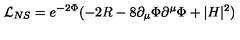
\mathcal { L } _ { N S } = e ^ { - 2 \Phi } ( - 2 R - 8 \partial _ { \mu } \Phi \partial ^ { \mu } \Phi + | H | ^ { 2 } )